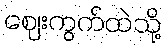
ဈေးကွက်ထဲသို့